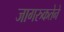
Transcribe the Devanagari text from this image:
जागरुकतेने